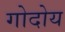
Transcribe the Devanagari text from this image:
गोदोय